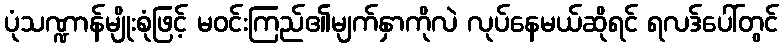
ပုံသဏ္ဍာန်မျိုးစုံဖြင့် မဝင်းကြည်၏မျက်နှာကိုလဲ လုပ်နေမယ်ဆိုရင် ရလဒ်ပေါ်တွင်